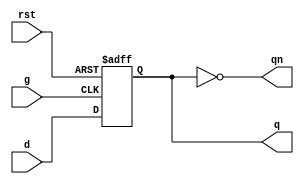
module d_flipFlop(
  
  input d, 
  input g, 
  input rst,
  output reg q,
  output reg qn
);
 
  assign qn = ~q;
 
  always @(posedge g, posedge rst) begin
    if (rst)
      q <= 1'b0;
    else
      q <= d;
  end

  

endmodule